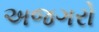
અજગરો